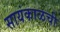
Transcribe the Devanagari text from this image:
सायंकाळची